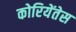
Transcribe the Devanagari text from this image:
कोरियेंतेस